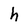
Character: h